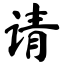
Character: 请